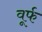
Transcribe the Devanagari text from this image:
वूर्फ